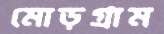
মোড়গ্রাম